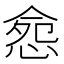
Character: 𢛪